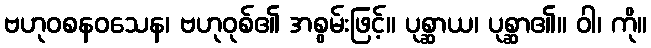
ဗဟုဝစနဝသေန၊ ဗဟုဝုစ်၏ အစွမ်းဖြင့်။ ပုစ္ဆာယ၊ ပုစ္ဆာ၏။ ဝါ၊ ကို။